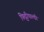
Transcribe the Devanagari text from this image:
फिट्टीपाल्डी